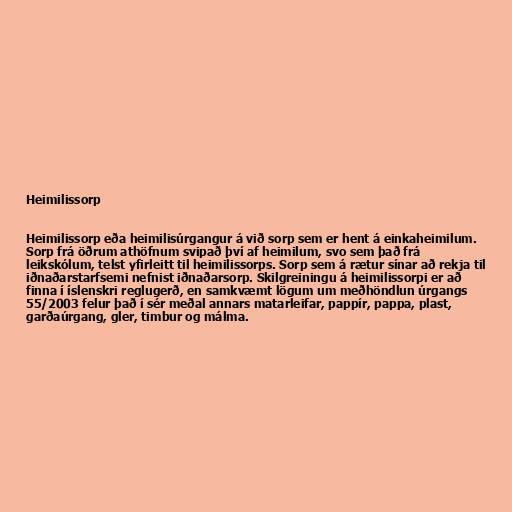
Heimilissorp

Heimilissorp eða heimilisúrgangur á við sorp sem er hent á einkaheimilum.
Sorp frá öðrum athöfnum svipað því af heimilum, svo sem það frá
leikskólum, telst yfirleitt til heimilissorps. Sorp sem á rætur sínar að rekja til
iðnaðarstarfsemi nefnist iðnaðarsorp. Skilgreiningu á heimilissorpi er að
finna í íslenskri reglugerð, en samkvæmt lögum um meðhöndlun úrgangs
55/2003 felur það í sér meðal annars matarleifar, pappír, pappa, plast,
garðaúrgang, gler, timbur og málma.